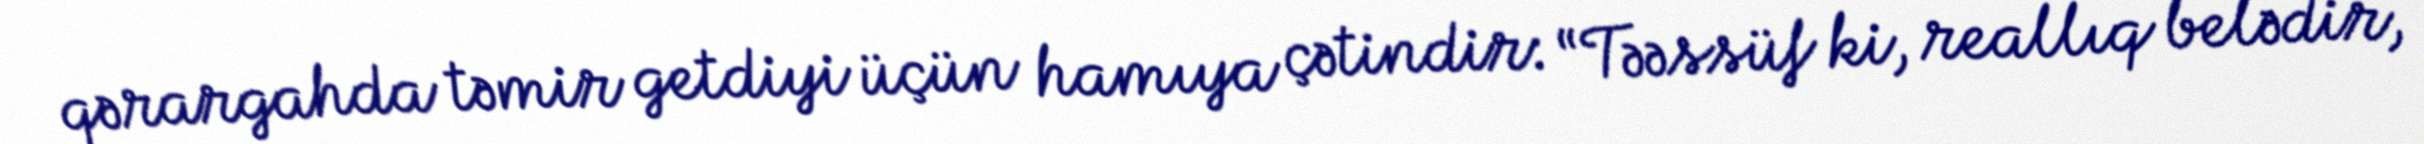
qərargahda təmir getdiyi üçün hamıya çətindir: “Təəssüf ki, reallıq belədir,